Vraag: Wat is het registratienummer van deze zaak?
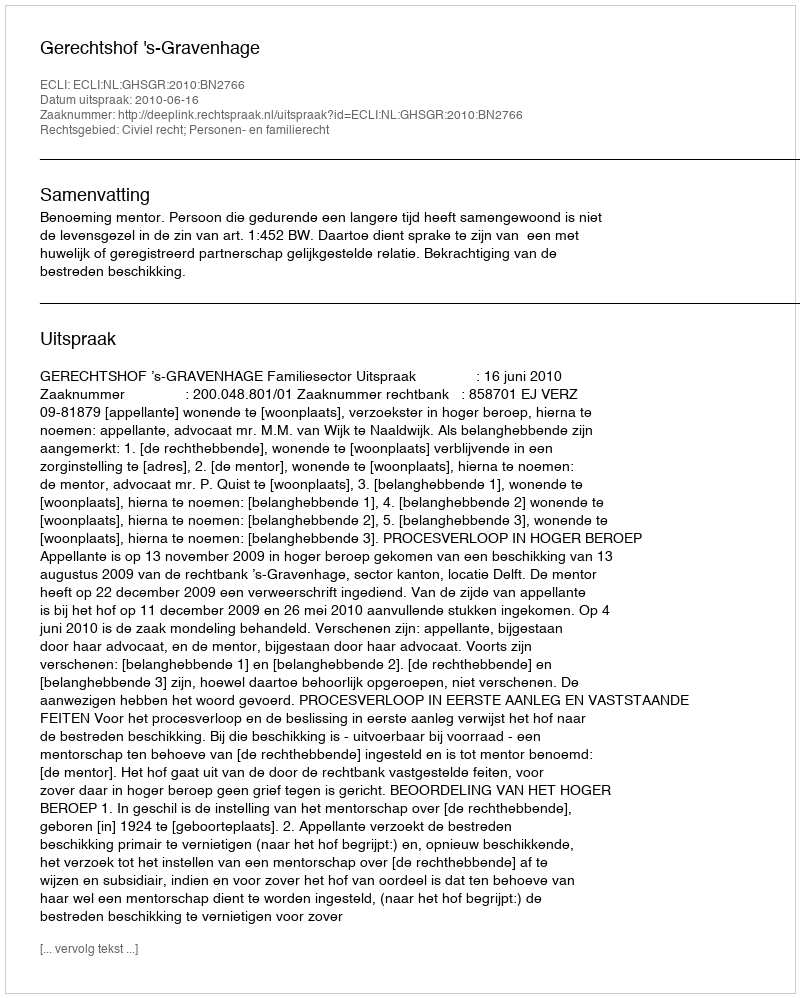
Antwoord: http://deeplink.rechtspraak.nl/uitspraak?id=ECLI:NL:GHSGR:2010:BN2766